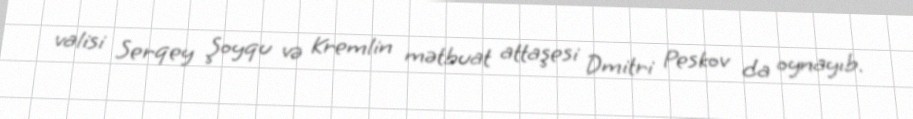
valisi Serqey Şoyqu və Kremlin mətbuat attaşesi Dmitri Peskov da oynayıb.